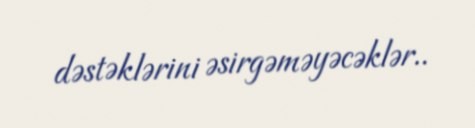
dəstəklərini əsirgəməyəcəklər..